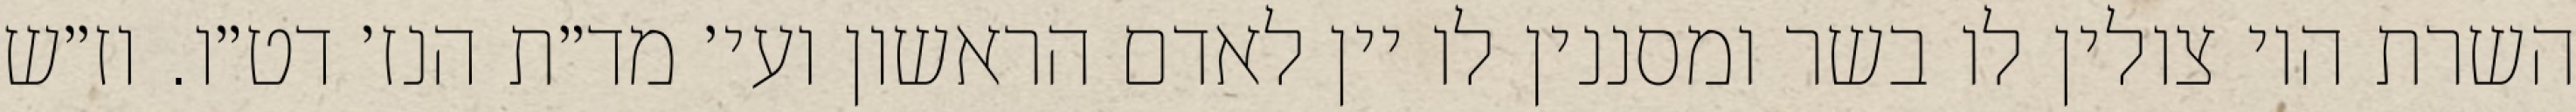
השרת היו צולין לו בשר ומסננין לו יין לאדם הראשון ועי׳ מד״ת הנז׳ דט״ו. וז״ש